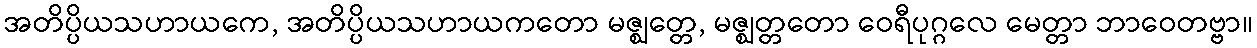
အတိပ္ပိယသဟာယကေ, အတိပ္ပိယသဟာယကတော မဇ္ဈတ္တေ, မဇ္ဈတ္တတော ဝေရီပုဂ္ဂလေ မေတ္တာ ဘာဝေတဗ္ဗာ။